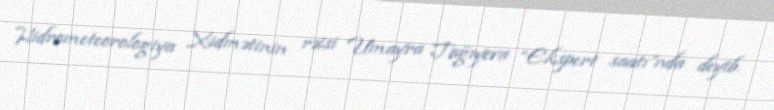
Hidrometeorologiya Xidmətinin rəisi Umayra Tağıyeva “Ekspert saatı”nda deyib.